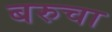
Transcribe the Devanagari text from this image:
बरुचा